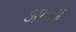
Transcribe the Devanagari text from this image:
अगाढ़